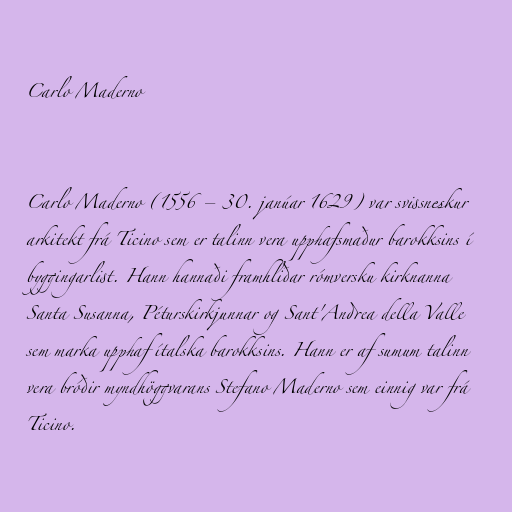
Carlo Maderno

Carlo Maderno (1556 – 30. janúar 1629) var svissneskur
arkitekt frá Ticino sem er talinn vera upphafsmaður barokksins í
byggingarlist. Hann hannaði framhliðar rómversku kirknanna
Santa Susanna, Péturskirkjunnar og Sant'Andrea della Valle
sem marka upphaf ítalska barokksins. Hann er af sumum talinn
vera bróðir myndhöggvarans Stefano Maderno sem einnig var frá
Ticino.